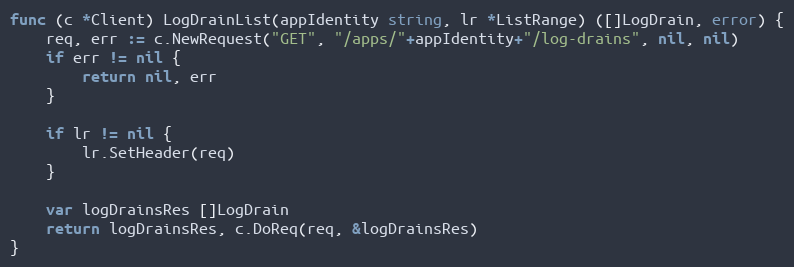
Language: Go
func (c *Client) LogDrainList(appIdentity string, lr *ListRange) ([]LogDrain, error) {
	req, err := c.NewRequest("GET", "/apps/"+appIdentity+"/log-drains", nil, nil)
	if err != nil {
		return nil, err
	}

	if lr != nil {
		lr.SetHeader(req)
	}

	var logDrainsRes []LogDrain
	return logDrainsRes, c.DoReq(req, &logDrainsRes)
}